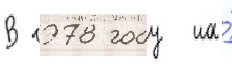
В 1978 году на́